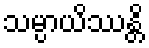
သမ္ပာယိဿန္တိ